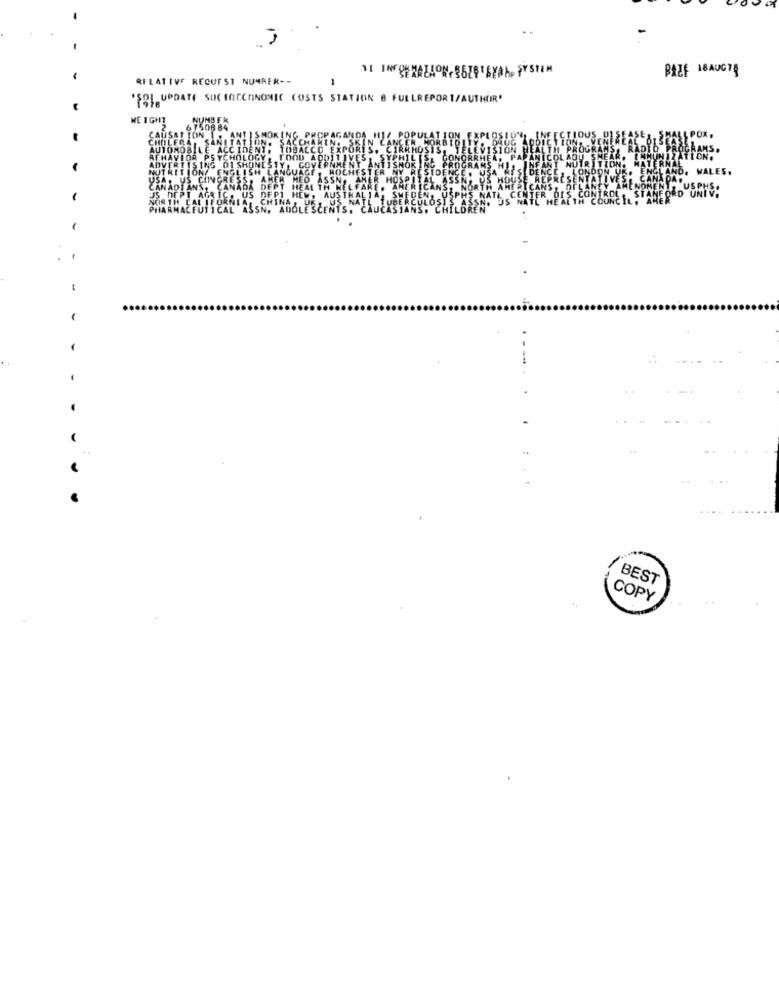
BAZE 18AUGTS
AFLATIVE REQUEST NUMBER --
'SOL. UPDATE SOCIOCCHINONIC COSTS STATION 8 FULLREPORT/AUTHOR'
WE 1 GHZ
NUMB E &
6750884
-
1
..
/ BEST
COPY